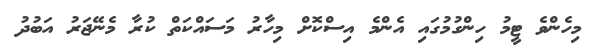
މިހެންވެ ޓީމު ހިންގުމުގައި އެންމެ އިސްކޮށް މިހާރު މަސައްކަތް ކުރާ މެނޭޖަރު އަބުދު